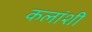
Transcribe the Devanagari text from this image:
कलांशी